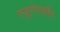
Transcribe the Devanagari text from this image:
त्जुरंगकोंग